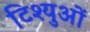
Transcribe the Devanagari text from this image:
टिश्युओं